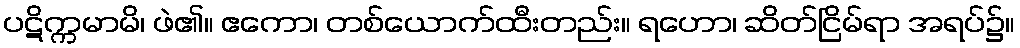
ပဋိက္ကမာမိ၊ ဖဲ၏။ ဧကော၊ တစ်ယောက်ထီးတည်း။ ရဟော၊ ဆိတ်ငြိမ်ရာ အရပ်၌။